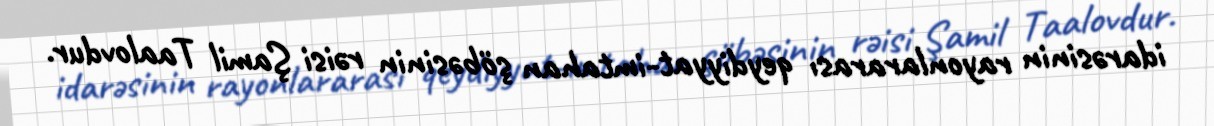
idarəsinin rayonlararası qeydiyyat-imtahan şöbəsinin rəisi Şamil Taalovdur.